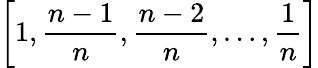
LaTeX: \left[1,{\frac{n-1}{n}},{\frac{n-2}{n}},\dots,{\frac{1}{n}}\right]